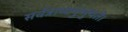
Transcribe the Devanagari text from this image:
सर्वत्राप्यनुभुयते।